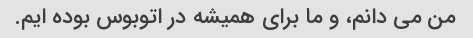
من می دانم، و ما برای همیشه در اتوبوس بوده ایم.